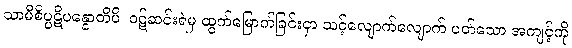
သာမီစိပ္ပဋိပန္နောတိပိ၊ ဝဋ်ဆင်းရဲမှ ထွက်မြောက်ခြင်းငှာ သင့်လျောက်လျောက် ပတ်သော အကျင့်ကို